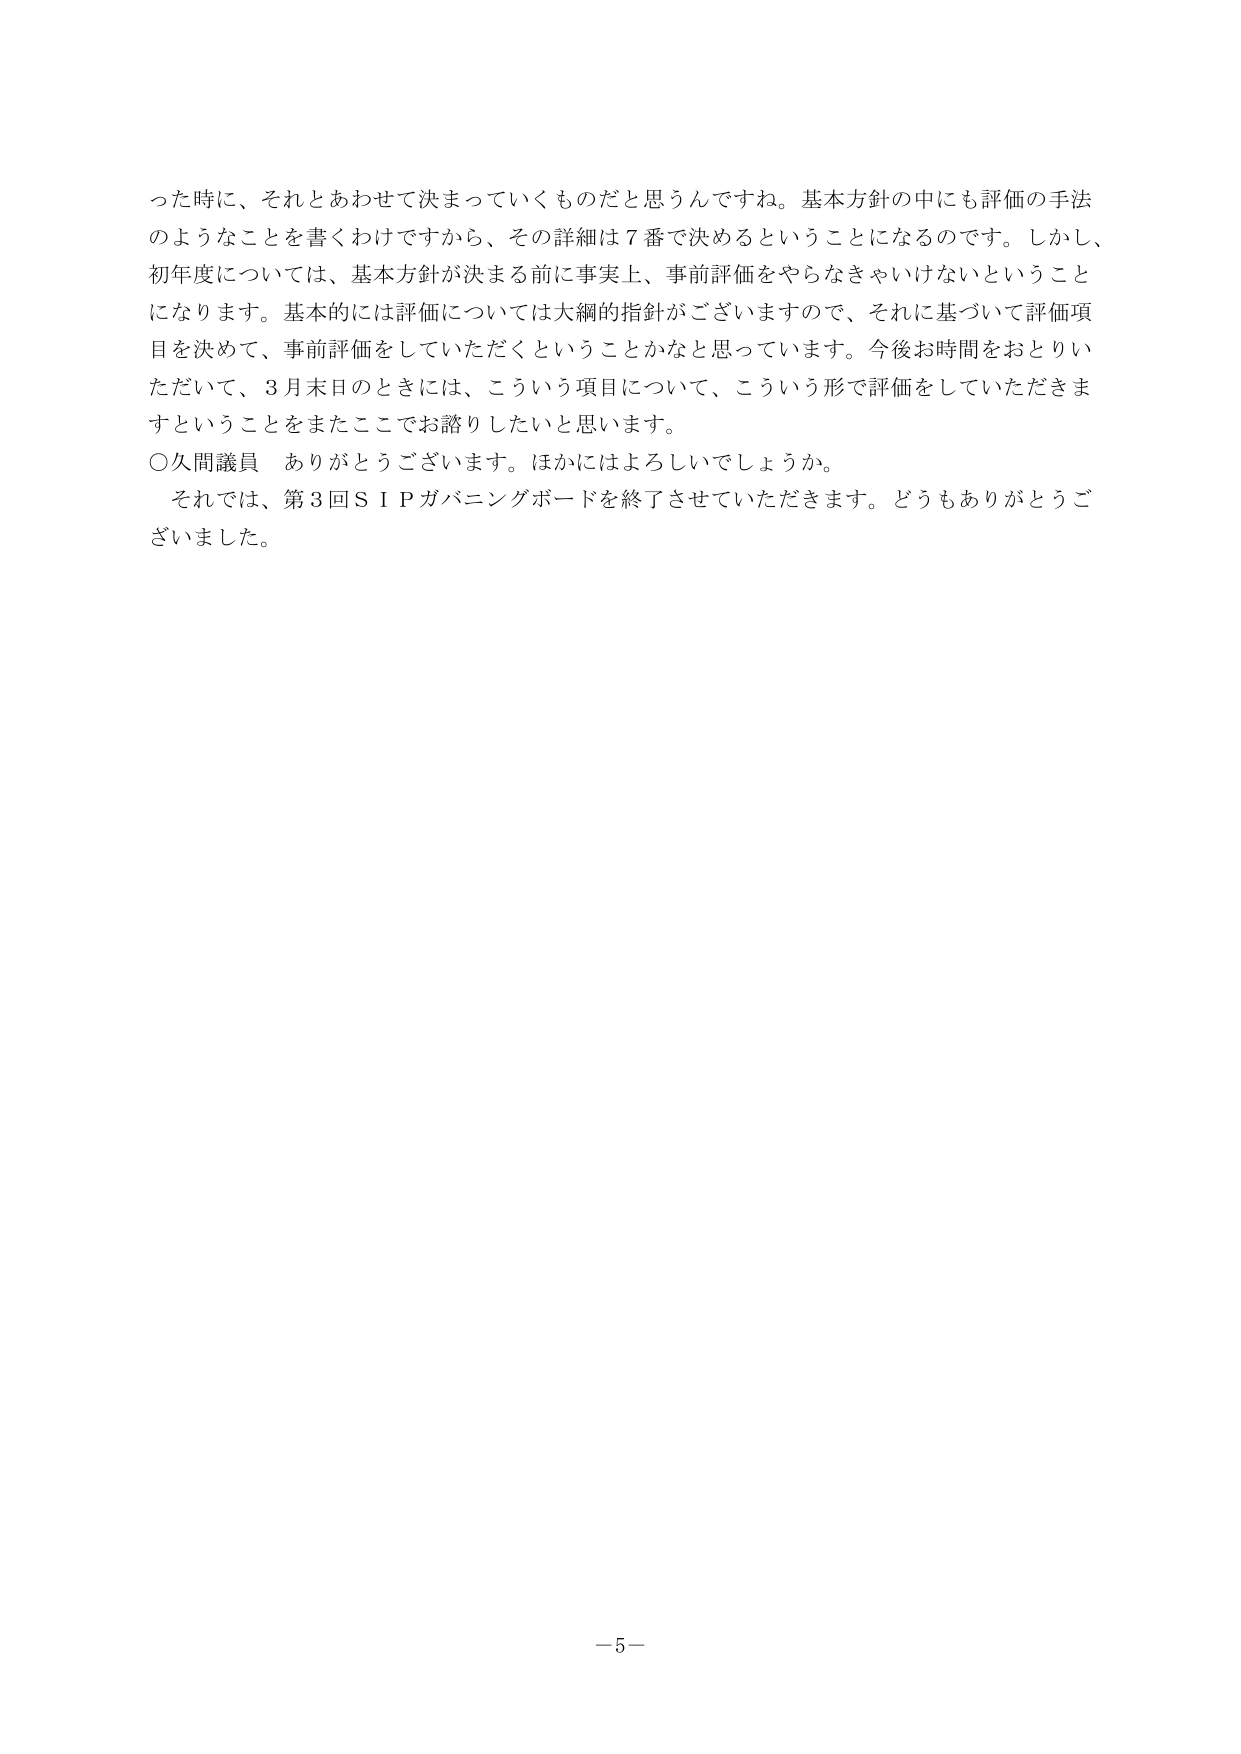
った時に、それとあわせて決まっていくものだと思うんですね。基本方針の中にも評価の手法のようなことを書くわけですから、その詳細は７番で決めるということになるのです。しかし、初年度については、基本方針が決まる前に事実上、事前評価をやらなきゃいけないということになります。基本的には評価については大綱的指針がございますので、それに基づいて評価項目を決めて、事前評価をしていただくということかなと思っています。今後お時間をおとりいただいて、３月末日のときには、こういう項目について、こういう形で評価をしていただきますということをまたここでお諮りしたいと思います。

○久間議員　ありがとうございます。ほかにはよろしいでしょうか。

それでは、第３回ＳＩＰガバニングボードを終了させていただきます。どうもありがとうございました。

－５－